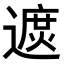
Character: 𨖓